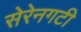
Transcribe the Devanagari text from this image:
सेरेनगटी